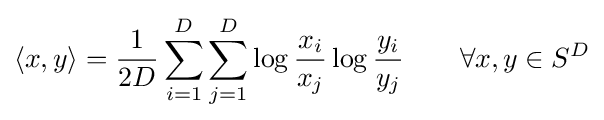
\langle x,y\rangle ={\frac {1}{2D}}\sum _{i=1}^{D}\sum _{j=1}^{D}\log {\frac {x_{i}}{x_{j}}}\log {\frac {y_{i}}{y_{j}}}\qquad \forall x,y\in S^{D}